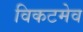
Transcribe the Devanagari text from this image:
विकटमेव